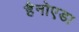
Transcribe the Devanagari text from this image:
हैनोएडा